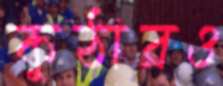
কুঠারও